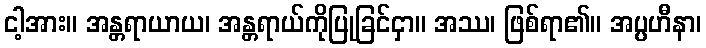
ငါ့အား။ အန္တရာယာယ၊ အန္တရာယ်ကိုပြုခြင်ငှာ။ အဿ၊ ဖြစ်ရာ၏။ အပ္ပဟီနာ၊